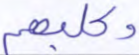
وكلبهم